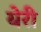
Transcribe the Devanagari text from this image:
येरी